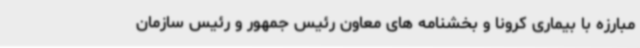
مبارزه با بیماری کرونا و بخشنامه های معاون رئیس جمهور و رئیس سازمان